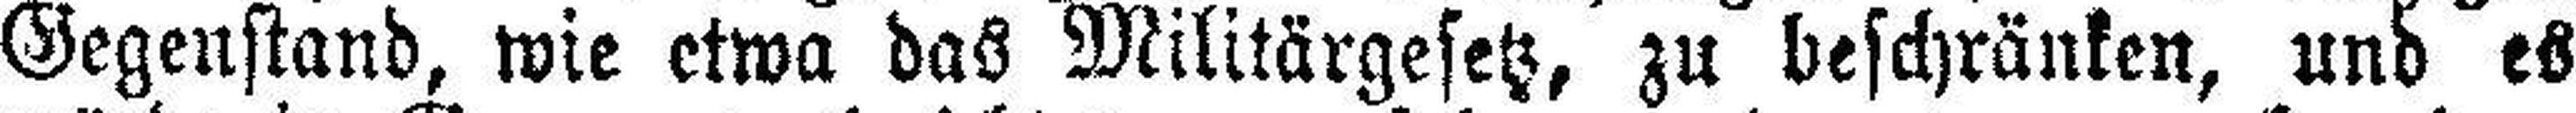
Gegenstand, wie etwa das Militärgesetz, zu beschränken, und es